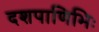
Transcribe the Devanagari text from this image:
दशपाणिभिः